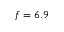
f = 6 . 9